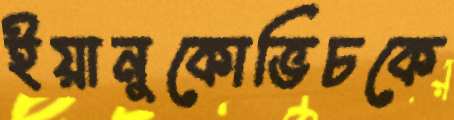
ইয়ানুকোভিচকে